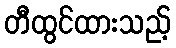
တီထွင်ထားသည့်